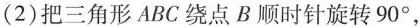
(2)把三角形ABC绕点B顺时针旋转90°，